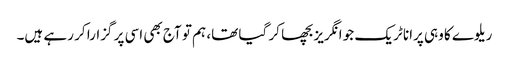
ریلوے کا وہی پرانا ٹریک جو انگریز بچھا کر گیا تھا، ہم تو آج بھی اسی پر گزارا کر رہے ہیں۔